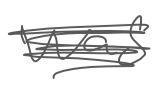
Text: was
Cross-out: scratch
Writing tool: digital_gray